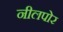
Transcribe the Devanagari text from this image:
नीलपोर